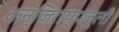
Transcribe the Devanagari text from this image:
कन्जिराप्पल्ली